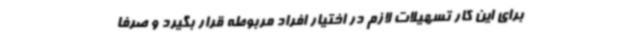
برای این کار تسهیلات لازم در اختیار افراد مربوطه قرار بگیرد و صرفا